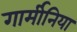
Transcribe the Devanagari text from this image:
गार्मीनिया